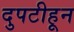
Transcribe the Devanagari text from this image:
दुपटीहून